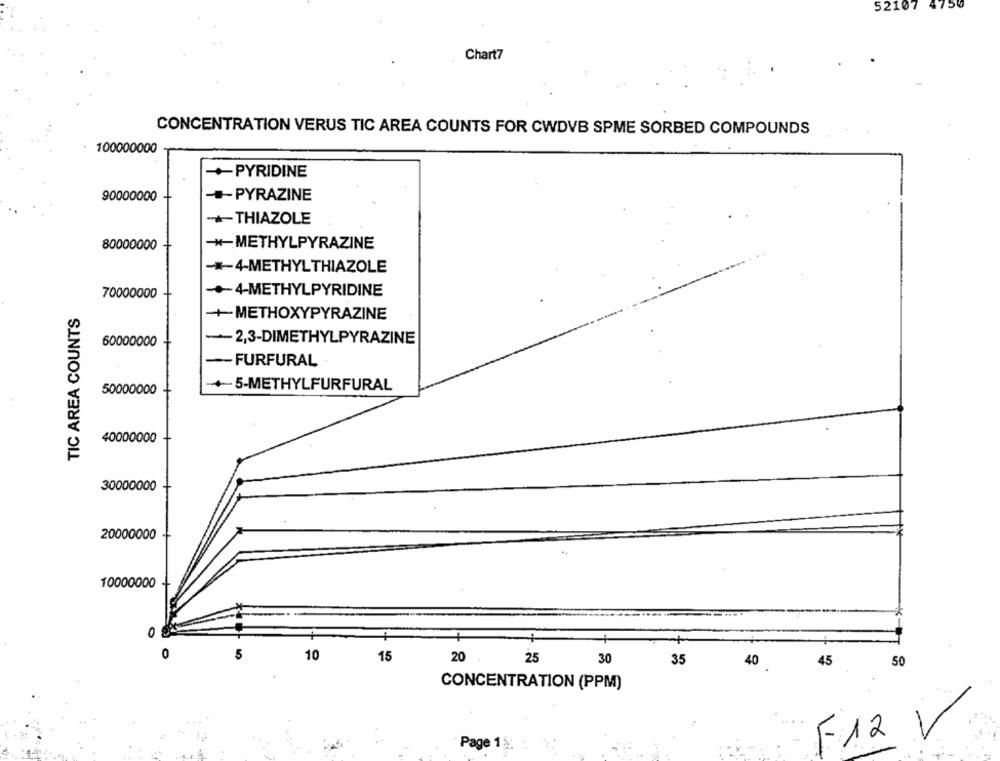
52107 4750
Chart7
CONCENTRATION VERUS TIC AREA COUNTS FOR CWDVB SPME SORBED COMPOUNDS
100000000
+PYRIDINE
90000000
-PYRAZINE
THIAZOLE
80000000
-*- METHYLPYRAZINE
-*- 4-METHYLTHIAZOLE
70000000
-+4-METHYLPYRIDINE
TIC AREA COUNTS
+METHOXYPYRAZINE
60000000
2,3-DIMETHYLPYRAZINE
-- FURFURAL
+5-METHYLFURFURAL
50000000
40000000
30000000
20000000
10000000
0
5
10
15
20
25
30
35
40
45
50
CONCENTRATION (PPM)
Page 1 g
F12